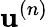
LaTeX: \mathbf{u}^{(n)}